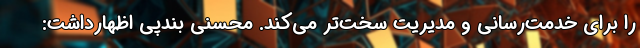
را برای خدمت‌رسانی و مدیریت سخت‌تر می‌کند. محسنی بندپی اظهارداشت: